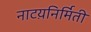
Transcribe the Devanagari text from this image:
नाटय़निर्मिती